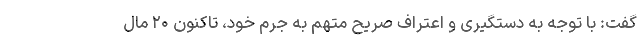
گفت: با توجه به دستگیری و اعتراف صریح متهم به جرم خود، تاکنون ۲۰ مال